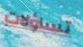
تساؤلات